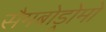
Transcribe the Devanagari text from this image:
सैमबोड्रोमो